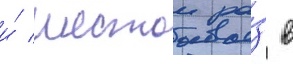
и́ шестои ра́з в